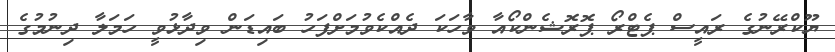
ޔޫކްރޭނުގެ ރައީސް ޕެޓްރޯ ޕޮރޮޝެންކޯއާ ވާހަކަ ދެއްކެވުމަށްފަހު ބައިޑަން ވިދާޅުވީ ހަމަލާ ދިނުމުގެ